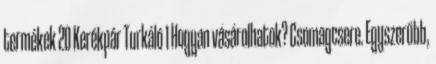
termékek 20 Kerékpár Turkáló 1 Hogyan vásárolhatok? Csomagcsere. Egyszerűbb,